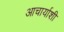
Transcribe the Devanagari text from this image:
आचार्याशी